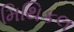
મિથિકલ